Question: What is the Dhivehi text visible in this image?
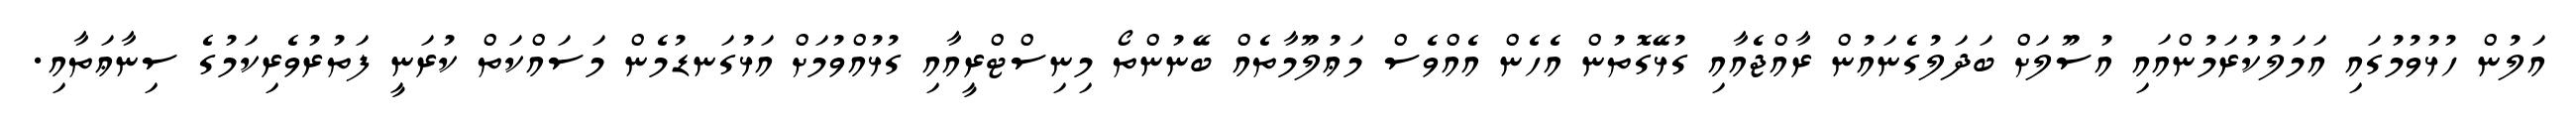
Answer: އަލުން ހުޅުވުމުގައި އަމަލުކުރަމުންއައި އުސޫލަށް ބަދަލުގެނައުން ރާއްޖެއާއި ގުޅޭގޮތުން އެހެން އެއްވެސް މަޢުލޫމާތެއް ބޭނުންތޯ މިނިސްޓްރީއާއި ގުޅުއްވުމަށް އަޅުގަނޑުމެން މަސައްކަތް ކުރަނީ ފަތުރުވެރިކަމުގެ ސިނާޢަތާއި.